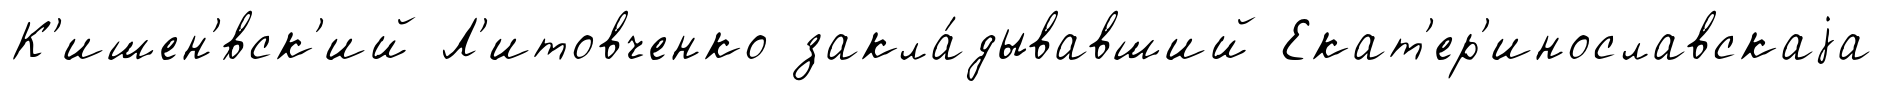
К'ишен'́вск'ий Л'итовченко закла́дывавший Екат'ер'инославскаjа